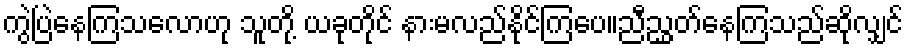
ကွဲပြဲနေကြသလောဟု သူတို့ ယခုတိုင် နားမလည်နိုင်ကြပေ။ညီညွှတ်နေကြသည်ဆိုလျှင်